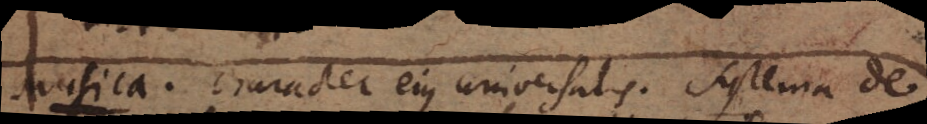
Musica. Character ejus universalis. Systema de